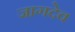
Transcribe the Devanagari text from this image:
जागदेव